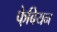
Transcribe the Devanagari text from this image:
फे़बियन